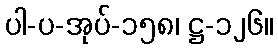
ပါ-ပ-အုပ်-၁၅၈၊ ဋ္ဌ-၁၂၆။